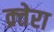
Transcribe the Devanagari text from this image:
क्र्तेरा